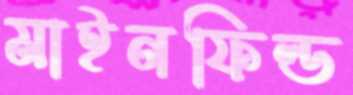
মাইনফিল্ড